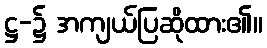
ဋ္ဌ-၌ အကျယ်ပြဆိုထား၏။